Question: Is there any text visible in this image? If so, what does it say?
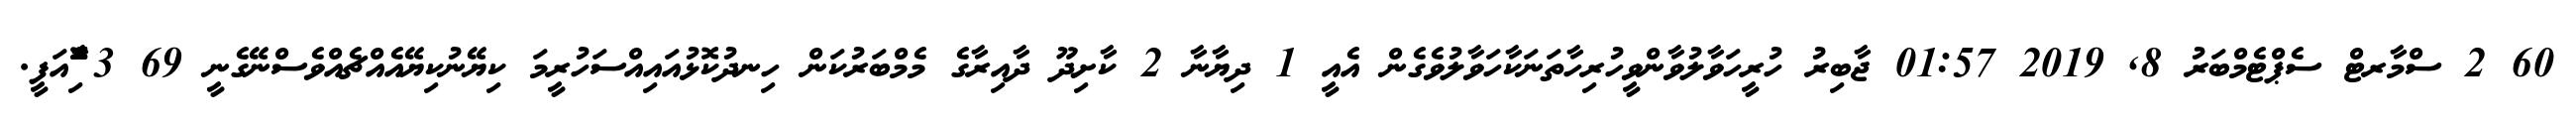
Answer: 60 2 ސްމާރޓް ސެޕްޓެމްބަރު 8, 2019 01:57 ޖާބިރު ހުރީހަވާލުވާންވީހުރިހާތަނަކާހަވާލުވެގެން އެއީ 1 ދިޔާނާ 2 ކާށިދޫ ދާއިރާގެ މެމްބަރުކަން ހިނދުކޮޅުއައިއްސަހުރީމަ ކިޔޭނުކިޔޭއެއްޗެއްވެސްނޭގެނީ 69 3 ާަަަަަެެެޮޮިުއަފީ.